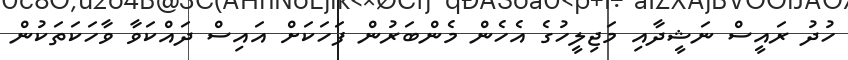
ހުދު ރައީސް ނަޝީދާއި މަޖިލީހުގެ އެހެން މެންބަރުން ފަހަކަށް އައިސް ދައްކަވާ ވާހަކަތަކުން